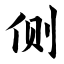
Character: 侧